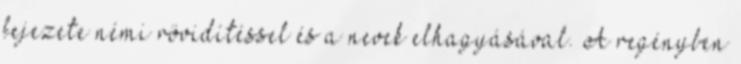
fejezete némi rövidítéssel és a nevek elhagyásával. A regényben